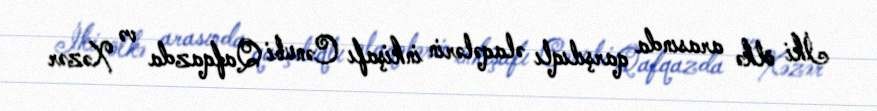
İki ölkə arasında qarşılıqlı əlaqələrin inkişafı Cənubi Qafqazda və Xəzər